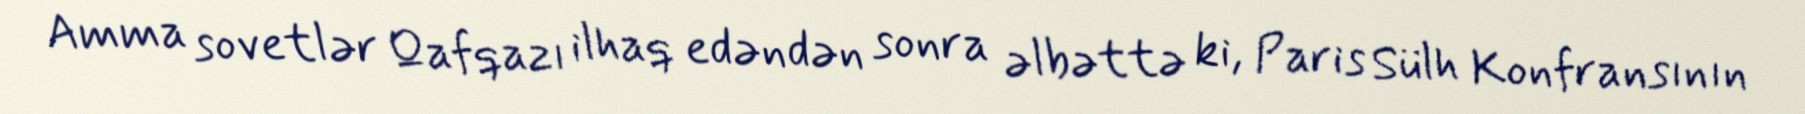
Amma sovetlər Qafqazı ilhaq edəndən sonra əlbəttə ki, Paris Sülh Konfransının